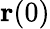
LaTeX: \mathbf{r}(0)